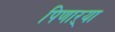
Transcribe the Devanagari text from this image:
पिणाऱ्या